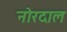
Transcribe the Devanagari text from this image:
नोरदाल